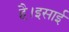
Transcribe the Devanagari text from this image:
है।इसाई